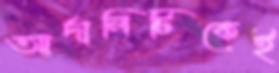
আর্দালিটিকেই